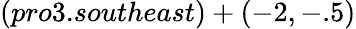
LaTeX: (pro3.southeast)+(-2,-.5)